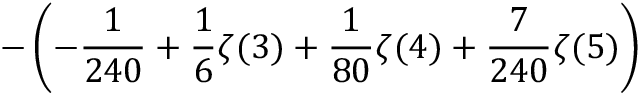
\displaystyle - \left( - \frac { 1 } { 2 4 0 } + \frac { 1 } { 6 } \zeta ( 3 ) + \frac { 1 } { 8 0 } \zeta ( 4 ) + \frac { 7 } { 2 4 0 } \zeta ( 5 ) \right)